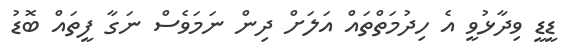
ޑީޑީ ވިދާޅުވީ އެ ހިދުމަތްތައް އަލަށް ދިން ނަމަވެސް ނަގާ ފީތައް ބޮޑު